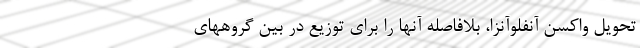
تحویل واکسن آنفلوآنزا، بلافاصله آنها را برای توزیع در بین گروههای